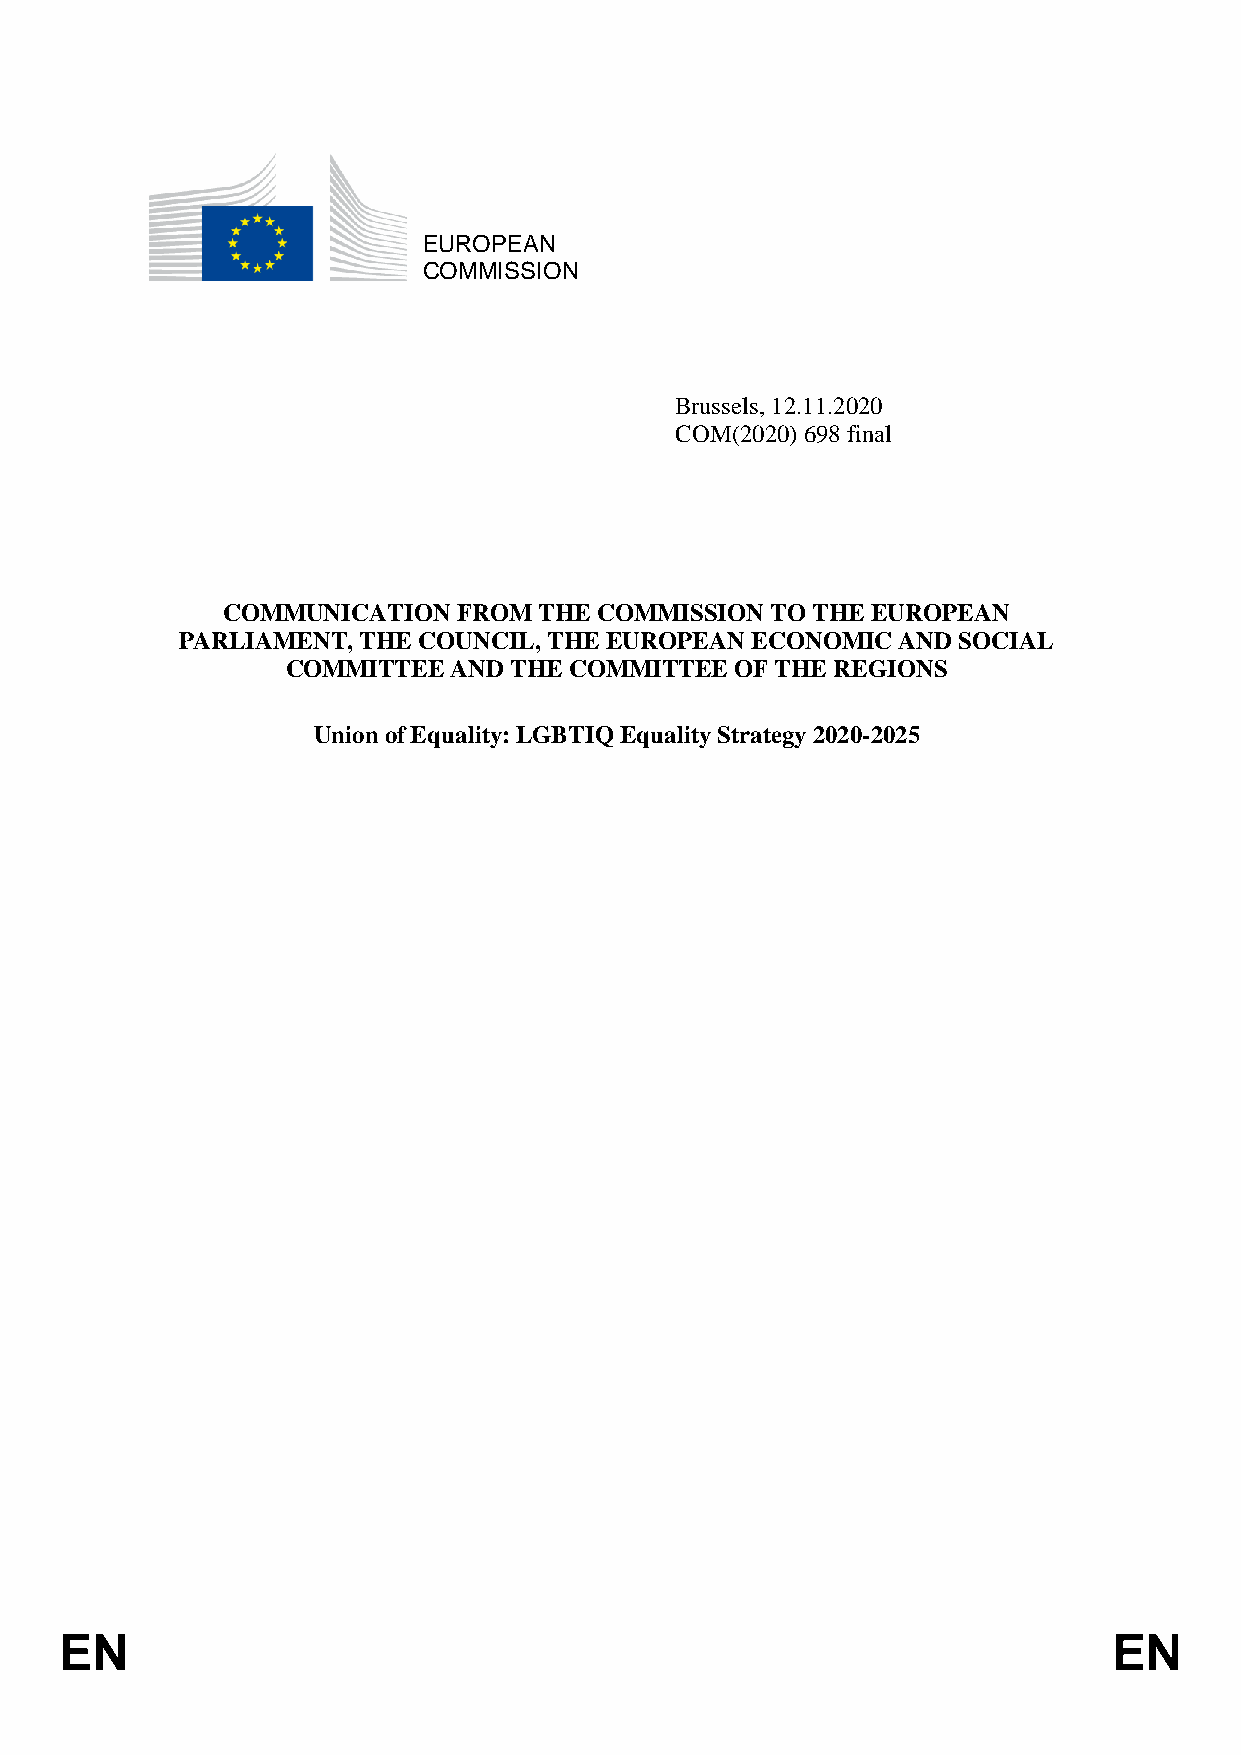
EUROPEAN
 COMMISSION
 Brussels, 12.11.2020
 COM(2020) 698 final
 COMMUNICATION  FROM  THE COMMISSION TO THE EUROPEAN
 PARLIAMENT, THE COUNCIL, THE EUROPEAN ECONOMIC  AND SOCIAL
 COMMITTEE  AND THE COMMITTEE  OF THE REGIONS
 Union of Equality: LGBTIQ Equality Strategy 2020-2025
 EN                                                                    EN